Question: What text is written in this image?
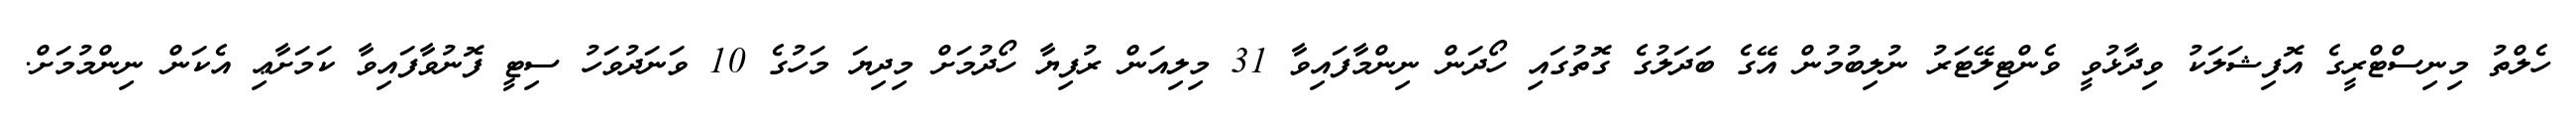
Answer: ހެލްތު މިނިސްޓްރީގެ އޮފިޝަލަކު ވިދާޅުވީ ވެންޓިލޭޓަރު ނުލިބުމުން އޭގެ ބަދަލުގެ ގޮތުގައި ހޯދަން ނިންމާފައިވާ 31 މިލިއަން ރުފިޔާ ހޯދުމަށް މިދިޔަ މަހުގެ 10 ވަނަދުވަހު ސިޓީ ފޮނުވާފައިވާ ކަމަށާޢި އެކަން ނިންމުމަށް.